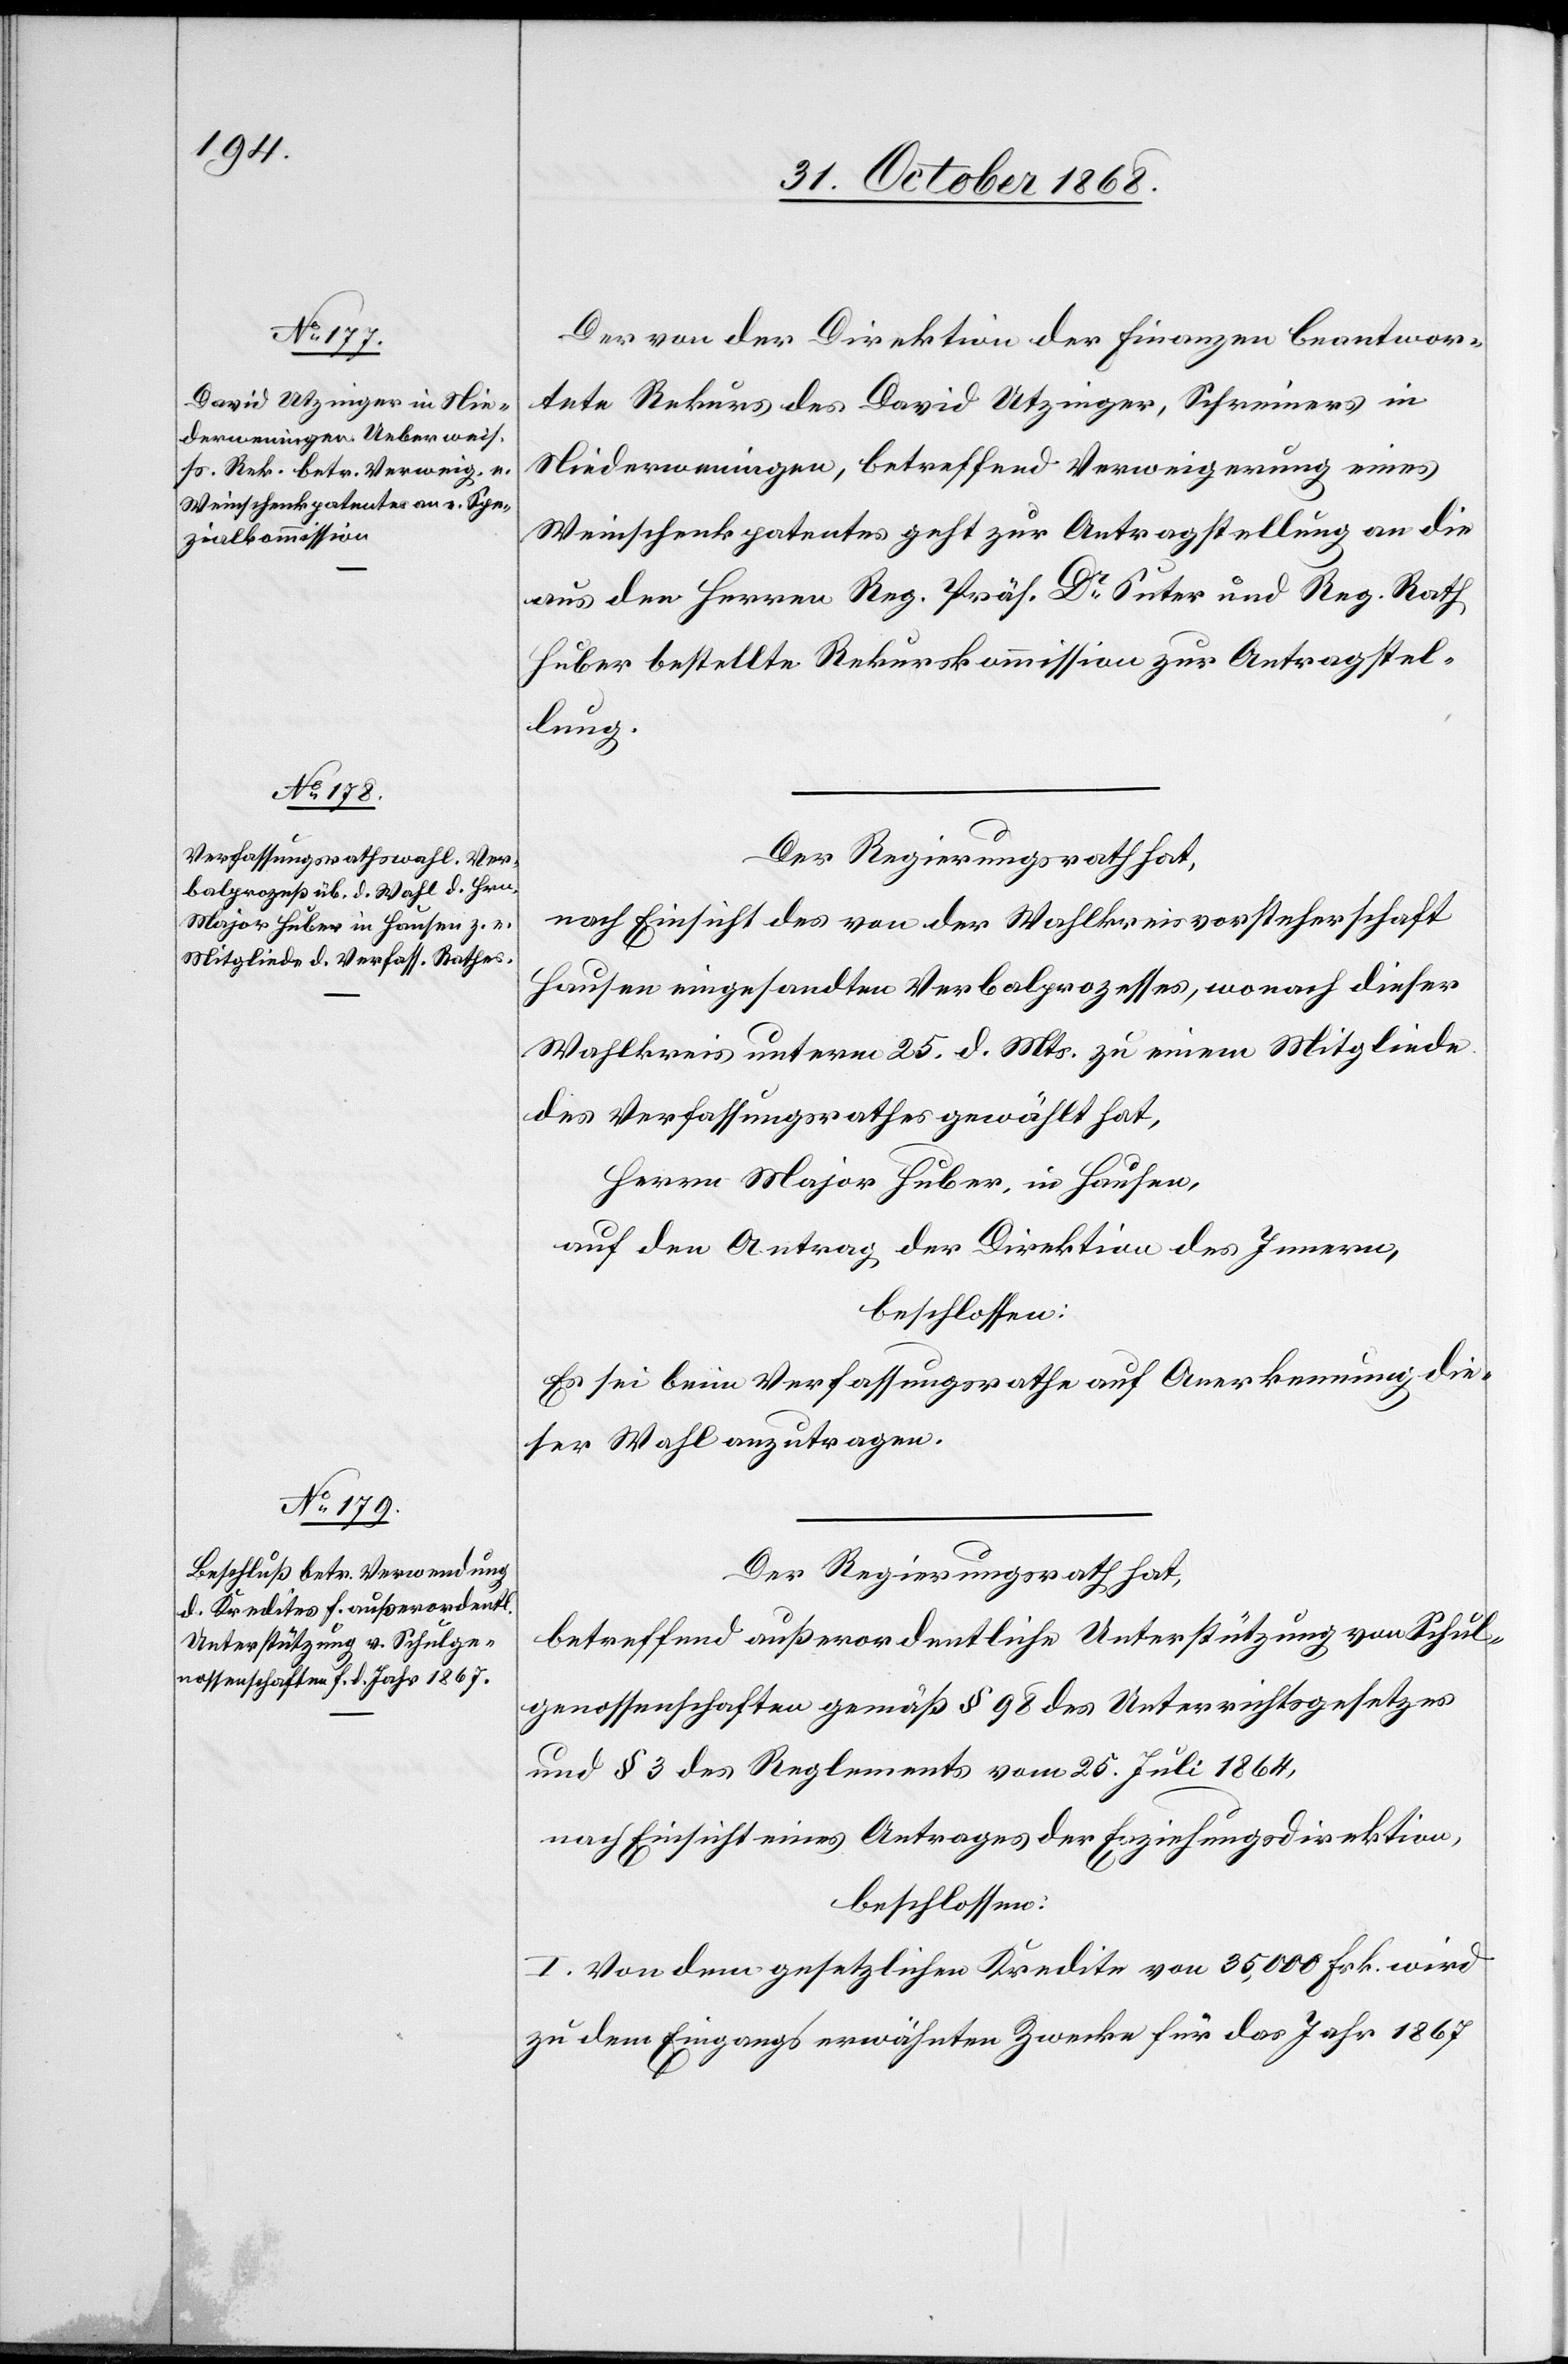
Der von der Direktion der Finanzen beantwor¬
tete Rekurs des David Utzinger, Schreiners in
Niederweningen, betreffend Verweigerung eines
Weinschenkpatentes geht zur Antragstellung an die
aus den Herren Reg. Präs. Dr Suter und Reg. Rath
Huber bestellte Rekurskommission zur Antragstel¬
lung.
Der Regierungsrath hat,
nach Einsicht des von der Wahlkreisvorsteherschaft
Hausen eingesandten Verbalprozesses, wonach dieser
Wahlkreis unterm 25. d. Mts. zu einem Mitgliede
des Verfassungsrathes gewählt hat,
Herrn Major Huber, in Hausen,
auf den Antrag der Direktion des Innern,
beschlossen:
Es sei beim Verfassungsrathe auf Anerkennung die¬
ser Wahl anzutragen.
Der Regierungsrath hat,
betreffend außerordentliche Unterstützung von Schul¬
genossenschaften gemäß § 98 des Unterrichtsgesetzes
und § 3 des Reglements vom 25. Juli 1864,
nach Einsicht eines Antrages der Erziehungsdirektion,
beschlossen:
I. Von dem gesetzlichen Kredite von 35,000 Frk. wird
zu dem Eingangs erwähnten Zwecke für das Jahr 1867